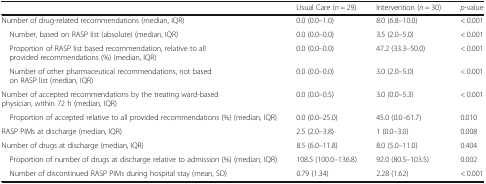
<table><thead><tr><td></td><td><b>Usual Care (<i>n</i> = 29)</b></td><td><b>Intervention (<i>n</i> = 30)</b></td><td><b><i>p</i>-value</b></td></tr></thead><tbody><tr><td>Number of drug-related recommendations (median, IQR)</td><td>0.0 (0.0–1.0)</td><td>8.0 (6.8–10.0)</td><td>&lt; 0.001</td></tr><tr><td> Number, based on RASP list (absolute) (median, IQR)</td><td>0.0 (0.0–0.0)</td><td>3.5 (2.0–5.0)</td><td>&lt; 0.001</td></tr><tr><td> Proportion of RASP list based recommendation, relative to all provided recommendations (%) (median, IQR)</td><td>0.0 (0.0–0.0)</td><td>47.2 (33.3–50.0)</td><td>&lt; 0.001</td></tr><tr><td> Number of other pharmaceutical recommendations, not based on RASP list (median, IQR)</td><td>0.0 (0.0–0.0)</td><td>3.0 (2.0–5.0)</td><td>&lt; 0.001</td></tr><tr><td>Number of accepted recommendations by the treating ward-based physician, within 72 h (median, IQR)</td><td>0.0 (0.0–0.5)</td><td>3.0 (0.0–5.3)</td><td>&lt; 0.001</td></tr><tr><td> Proportion of accepted relative to all provided recommendations (%) (median, IQR)</td><td>0.0 (0.0–25.0)</td><td>45.0 (0.0–61.7)</td><td>0.010</td></tr><tr><td>RASP PIMs at discharge (median, IQR)</td><td>2.5 (2.0–3.8)</td><td>1 (0.0–3.0)</td><td>0.008</td></tr><tr><td>Number of drugs at discharge (median, IQR)</td><td>8.5 (6.0–11.8)</td><td>8.0 (5.0–11.0)</td><td>0.404</td></tr><tr><td> Proportion of number of drugs at discharge relative to admission (%) (median, IQR)</td><td>108.5 (100.0–136.8)</td><td>92.0 (80.5–103.5)</td><td>0.002</td></tr><tr><td> Number of discontinued RASP PIMs during hospital stay (mean, SD)</td><td>0.79 (1.34)</td><td>2.28 (1.62)</td><td>&lt; 0.001</td></tr></tbody></table>